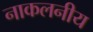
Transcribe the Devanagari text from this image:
नाकलनीय